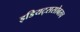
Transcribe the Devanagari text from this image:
इडियट्ससोबतच